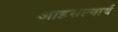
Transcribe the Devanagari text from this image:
आइसल्वार्थ